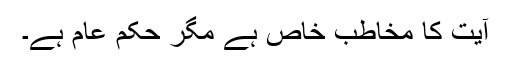
آیت کا مخاطب خاص ہے مگر حکم عام ہے۔